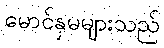
မောင်နှမများသည်